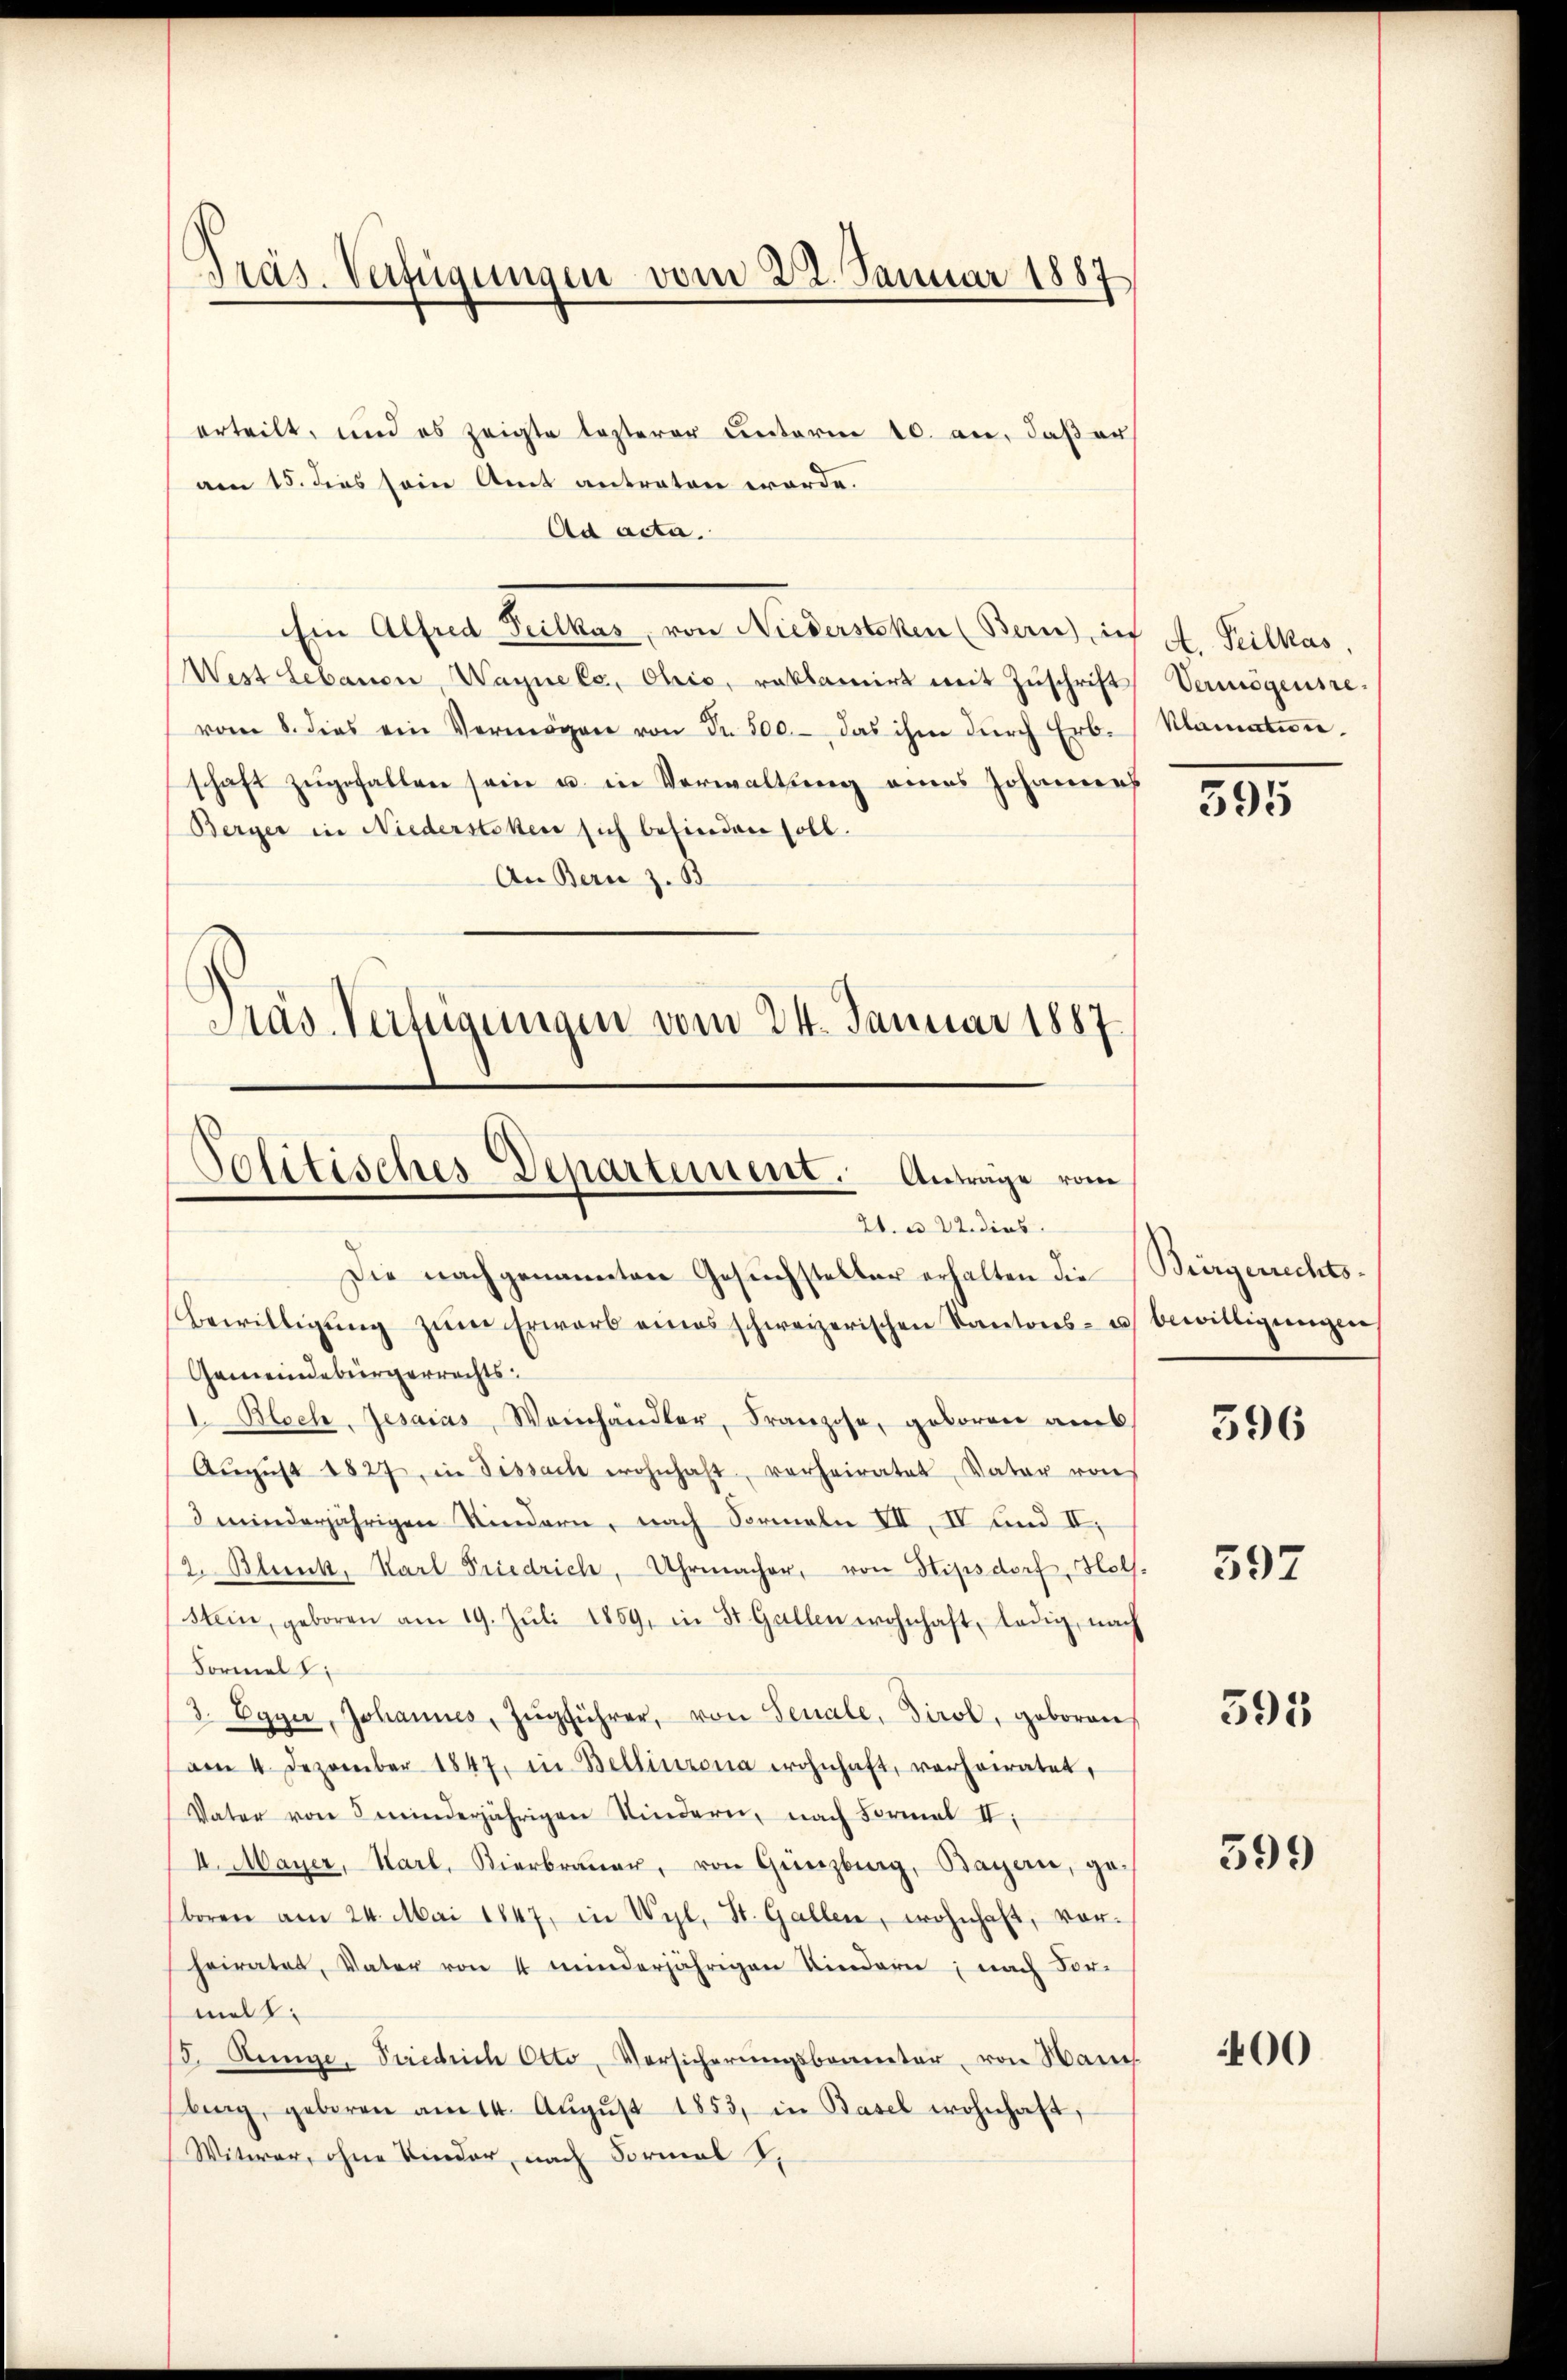
Präs. Verfügungen vom 22. Januar 1887

erteilt, und es zeigte lezterer unterm 10. an, daßer
am 15. dies sein Amt antraten worde.
Ad acta.
Ein Alfred Peilkas, von Niederstehen (Bern) in A. Peilkas,
West Lebauen, Wagne es, Ohio, reklamirt mit Zŭschrift Vermögensrevom 8. dies ein Vermögen von Fr. 500.- das ihm dŭrch Erb. Alamation.
schaft zŭgefallen sein u. in Verwaltung eines Johannes
Berger in Niederstehen sich befinden soll.
An Bern z. B
Präs. Vertigungen vom 24. Januar 1887.

Politisches Departement. Anträge vom
A. u 22. dies
Die nachgenannten Gesuchsteller erhalten die
bewilligung zum Erwarb eines schweizerischen Kantons- u. bewilligungen

Gemeindebürgerrechts-
I.Bloch, Jesaias, Weinhändler, Franzise, geboren am.
Aŭgŭst 1827, in Tissach wohnhaft, verheiratet, Vater von
minderjährigen Kindern, nach Formeln VII, IV und II,
2. Blunk, Karl Friedrich, Uhrmacher, von Hipsdorf, Hol¬
Stein, geboren am 19. Jŭli 1859, in St. Gallen wohnhaft, ledig, nach
Formel
3. Egger, Johannes, Zŭgführer, von Senale, Tirol, geborene
am 4. Dezember 1847, in Bellinzona wohnhaft, verheiratet,
Vater von 5 minderjährigen Kindern, nach Formal II.
I. Mayer, Karl, Vierbraŭer, von Günzburg, Bayern, ge-
boren am 24. Mai 1847, in Wyl, St. Gallen, wohnhaft, vorheiratet, Vater von 4 minderjährigen Kindern; nach Vor-
malt.
/3. Ringe. Friedrich Otto, Versicherŭngsbaueter, von Maue
berg, geboren am 14. Aŭgŭst 1853, in Basel wohnhaft,
Witwer, ohne Vinder, nach Formal S.

Bürgerrechts-

395

396

597

395

599

400